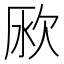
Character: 𣢭